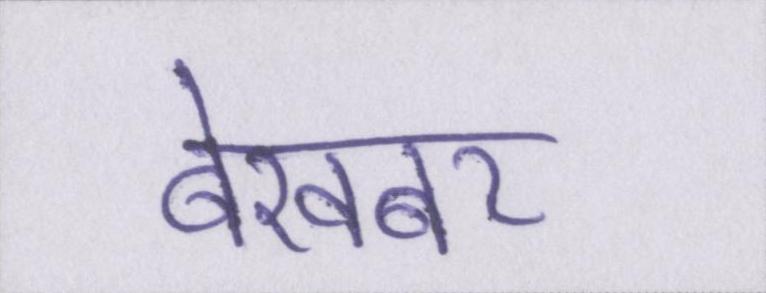
बेखबर